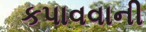
કપાવવાની